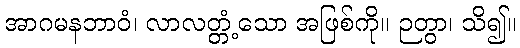
အာဂမနဘာဝံ၊ လာလတ္တံ့သော အဖြစ်ကို။ ဉတွာ၊ သိ၍။